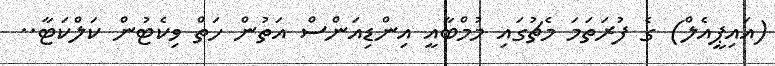
(އައިޕީއެލް) ގެ ފުރަތަމަ މެޗުގައި މުމްބާއީ އިންޑިއަންސް އަތުން ހަތް ވިކެޓުން ކަލްކަޓާ..